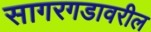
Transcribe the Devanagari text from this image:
सागरगडावरील